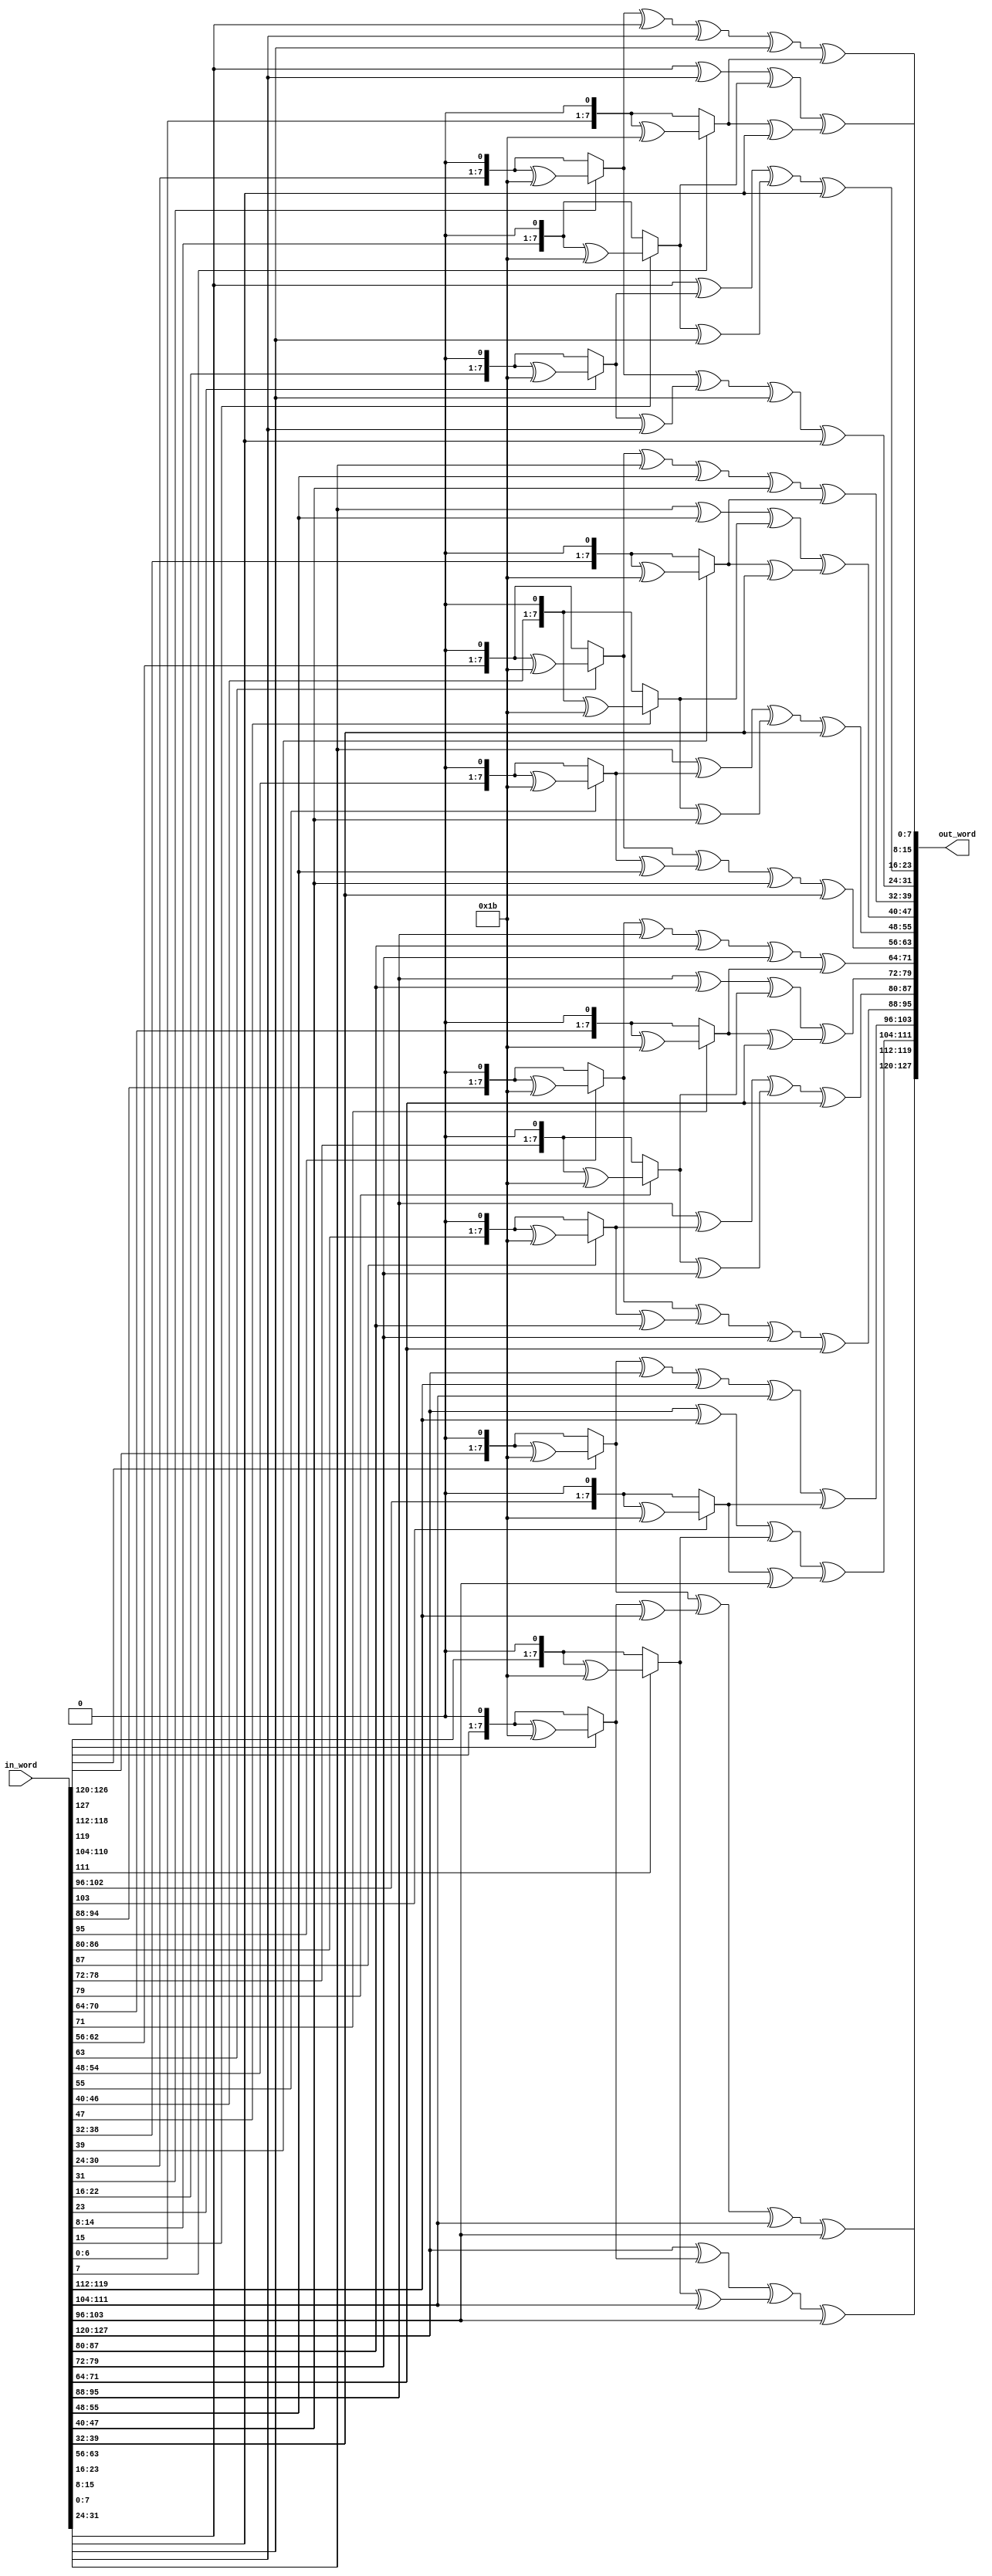
module MixColumn #(	parameter NK__KEY_LENGTH		  =	 8 ,
		       	parameter NR__ROUNDS		  	  =	14 ,
	       	       	parameter NB__BLOCK_LENGTH_IN_TEXT 	  =	 4	 ) 	(

			in_word	,	
			out_word
											);
//Ports declared here
input  wire [(NB__BLOCK_LENGTH_IN_TEXT*NK__KEY_LENGTH*4)-1:0] in_word	;
output wire [(NB__BLOCK_LENGTH_IN_TEXT*NK__KEY_LENGTH*4)-1:0] out_word	;

//Internal nets declare here 

//Functionality starts here 

assign out_word = MixColumn_func(in_word) ; 

//Function declared here 

function automatic [(NB__BLOCK_LENGTH_IN_TEXT*NK__KEY_LENGTH*4)-1 : 0] MixColumn_func(input reg [(NB__BLOCK_LENGTH_IN_TEXT*NK__KEY_LENGTH*4)-1 : 0] in_temp_MixColumn);
begin:MxCol_blk
	reg [(NK__KEY_LENGTH)-1   : 0] 	b_r0_c0,b_r1_c0,b_r2_c0,b_r3_c0,b_r0_c0_t ;
	reg [(NK__KEY_LENGTH)-1   : 0] 	b_r0_c1,b_r1_c1,b_r2_c1,b_r3_c1 ;
	reg [(NK__KEY_LENGTH)-1   : 0] 	b_r0_c2,b_r1_c2,b_r2_c2,b_r3_c2 ;
	reg [(NK__KEY_LENGTH)-1   : 0] 	b_r0_c3,b_r1_c3,b_r2_c3,b_r3_c3 ;
	reg [(NK__KEY_LENGTH*4)-1 : 0] 	mxcol_word_0,mxcol_word_1,mxcol_word_2,mxcol_word_3 ;

b_r0_c0 = (Mult_by_2_GF (in_temp_MixColumn[127:120]) ^ (Mult_by_2_GF(in_temp_MixColumn[119:112])^(in_temp_MixColumn[119:112])) ^ in_temp_MixColumn[111:104] ^ in_temp_MixColumn[103:96]   );
b_r1_c0 = ( in_temp_MixColumn[127:120] ^ Mult_by_2_GF(in_temp_MixColumn[119:112]) ^ (Mult_by_2_GF(in_temp_MixColumn[111:104])^(in_temp_MixColumn[111:104])) ^  in_temp_MixColumn[103:96]    );
b_r2_c0 = ( in_temp_MixColumn[127:120] ^ in_temp_MixColumn[119:112] ^ Mult_by_2_GF(in_temp_MixColumn[111:104]) ^ (Mult_by_2_GF(in_temp_MixColumn[103:96]) ^ (in_temp_MixColumn[103:96]))      );
b_r3_c0 = ( (Mult_by_2_GF(in_temp_MixColumn[127:120])^(in_temp_MixColumn[127:120])) ^ in_temp_MixColumn[119:112] ^ in_temp_MixColumn[111:104] ^ Mult_by_2_GF(in_temp_MixColumn[103:96]) );

b_r0_c1 = ( Mult_by_2_GF(in_temp_MixColumn[95:88]) ^ (Mult_by_2_GF(in_temp_MixColumn[87:80])^(in_temp_MixColumn[87:80])) ^ in_temp_MixColumn[79:72] ^ in_temp_MixColumn[71:64]   );
b_r1_c1 = ( in_temp_MixColumn[95:88] ^ Mult_by_2_GF(in_temp_MixColumn[87:80]) ^ (Mult_by_2_GF(in_temp_MixColumn[79:72])^(in_temp_MixColumn[79:72])) ^  in_temp_MixColumn[71:64]    );
b_r2_c1 = ( in_temp_MixColumn[95:88] ^ in_temp_MixColumn[87:80] ^ Mult_by_2_GF(in_temp_MixColumn[79:72]) ^ (Mult_by_2_GF(in_temp_MixColumn[71:64]) ^ (in_temp_MixColumn[71:64]))      );
b_r3_c1 = ( (Mult_by_2_GF(in_temp_MixColumn[95:88])^(in_temp_MixColumn[95:88])) ^ in_temp_MixColumn[87:80] ^ in_temp_MixColumn[79:72] ^ Mult_by_2_GF(in_temp_MixColumn[71:64]) );
	
b_r0_c2 = ( Mult_by_2_GF(in_temp_MixColumn[63:56]) ^ (Mult_by_2_GF(in_temp_MixColumn[55:48])^(in_temp_MixColumn[55:48])) ^ in_temp_MixColumn[47:40] ^ in_temp_MixColumn[39:32]   );
b_r1_c2 = ( in_temp_MixColumn[63:56] ^ Mult_by_2_GF(in_temp_MixColumn[55:48]) ^ (Mult_by_2_GF(in_temp_MixColumn[47:40])^(in_temp_MixColumn[47:40])) ^  in_temp_MixColumn[39:32]    );
b_r2_c2 = ( in_temp_MixColumn[63:56] ^ in_temp_MixColumn[55:48] ^ Mult_by_2_GF(in_temp_MixColumn[47:40]) ^ (Mult_by_2_GF(in_temp_MixColumn[39:32]) ^ (in_temp_MixColumn[39:32]))      	);
b_r3_c2 = ( (Mult_by_2_GF(in_temp_MixColumn[63:56])^(in_temp_MixColumn[63:56])) ^ in_temp_MixColumn[55:48] ^ in_temp_MixColumn[47:40] ^ Mult_by_2_GF(in_temp_MixColumn[39:32]) );

b_r0_c3 = ( Mult_by_2_GF(in_temp_MixColumn[31:24]) ^ (Mult_by_2_GF(in_temp_MixColumn[23:16])^(in_temp_MixColumn[23:16])) ^ in_temp_MixColumn[15:8] ^ in_temp_MixColumn[7:0]   	);
b_r1_c3 = ( in_temp_MixColumn[31:24] ^ Mult_by_2_GF(in_temp_MixColumn[23:16]) ^ (Mult_by_2_GF(in_temp_MixColumn[15:8])^(in_temp_MixColumn[15:8])) ^  in_temp_MixColumn[7:0]    	);
b_r2_c3 = ( in_temp_MixColumn[31:24] ^ in_temp_MixColumn[23:16] ^ Mult_by_2_GF(in_temp_MixColumn[15:8]) ^ (Mult_by_2_GF(in_temp_MixColumn[7:0]) ^ (in_temp_MixColumn[7:0]))      	);
b_r3_c3 = ( (Mult_by_2_GF(in_temp_MixColumn[31:24])^(in_temp_MixColumn[31:24])) ^ in_temp_MixColumn[23:16] ^ in_temp_MixColumn[15:8] ^ Mult_by_2_GF(in_temp_MixColumn[7:0]) 	);


mxcol_word_0 = { b_r0_c0 , b_r1_c0 , b_r2_c0 , b_r3_c0	};
mxcol_word_1 = { b_r0_c1 , b_r1_c1 , b_r2_c1 , b_r3_c1	};
mxcol_word_2 = { b_r0_c2 , b_r1_c2 , b_r2_c2 , b_r3_c2	};
mxcol_word_3 = { b_r0_c3 , b_r1_c3 , b_r2_c3 , b_r3_c3	};

MixColumn_func = {mxcol_word_0,mxcol_word_1,mxcol_word_2,mxcol_word_3};

end:MxCol_blk
endfunction

function automatic [(NK__KEY_LENGTH)-1  : 0] Mult_by_2_GF(input reg [(NK__KEY_LENGTH)-1  : 0] in_byte);
begin:Mult_by_2_GF_blk
	Mult_by_2_GF = (in_byte[7]==1'b1) ?  (in_byte<<1) ^ 8'h1b : ( in_byte << 1 ) ;
end:Mult_by_2_GF_blk
endfunction


endmodule